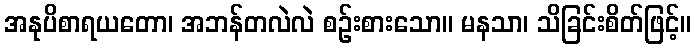
အနုပိစာရယတော၊ အဘန်တလဲလဲ စဉ်းစားသော။ မနသာ၊ သိခြင်းစိတ်ဖြင့်။